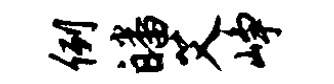
例皤艾峥